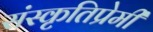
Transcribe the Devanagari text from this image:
संस्कृतिप्रेमी